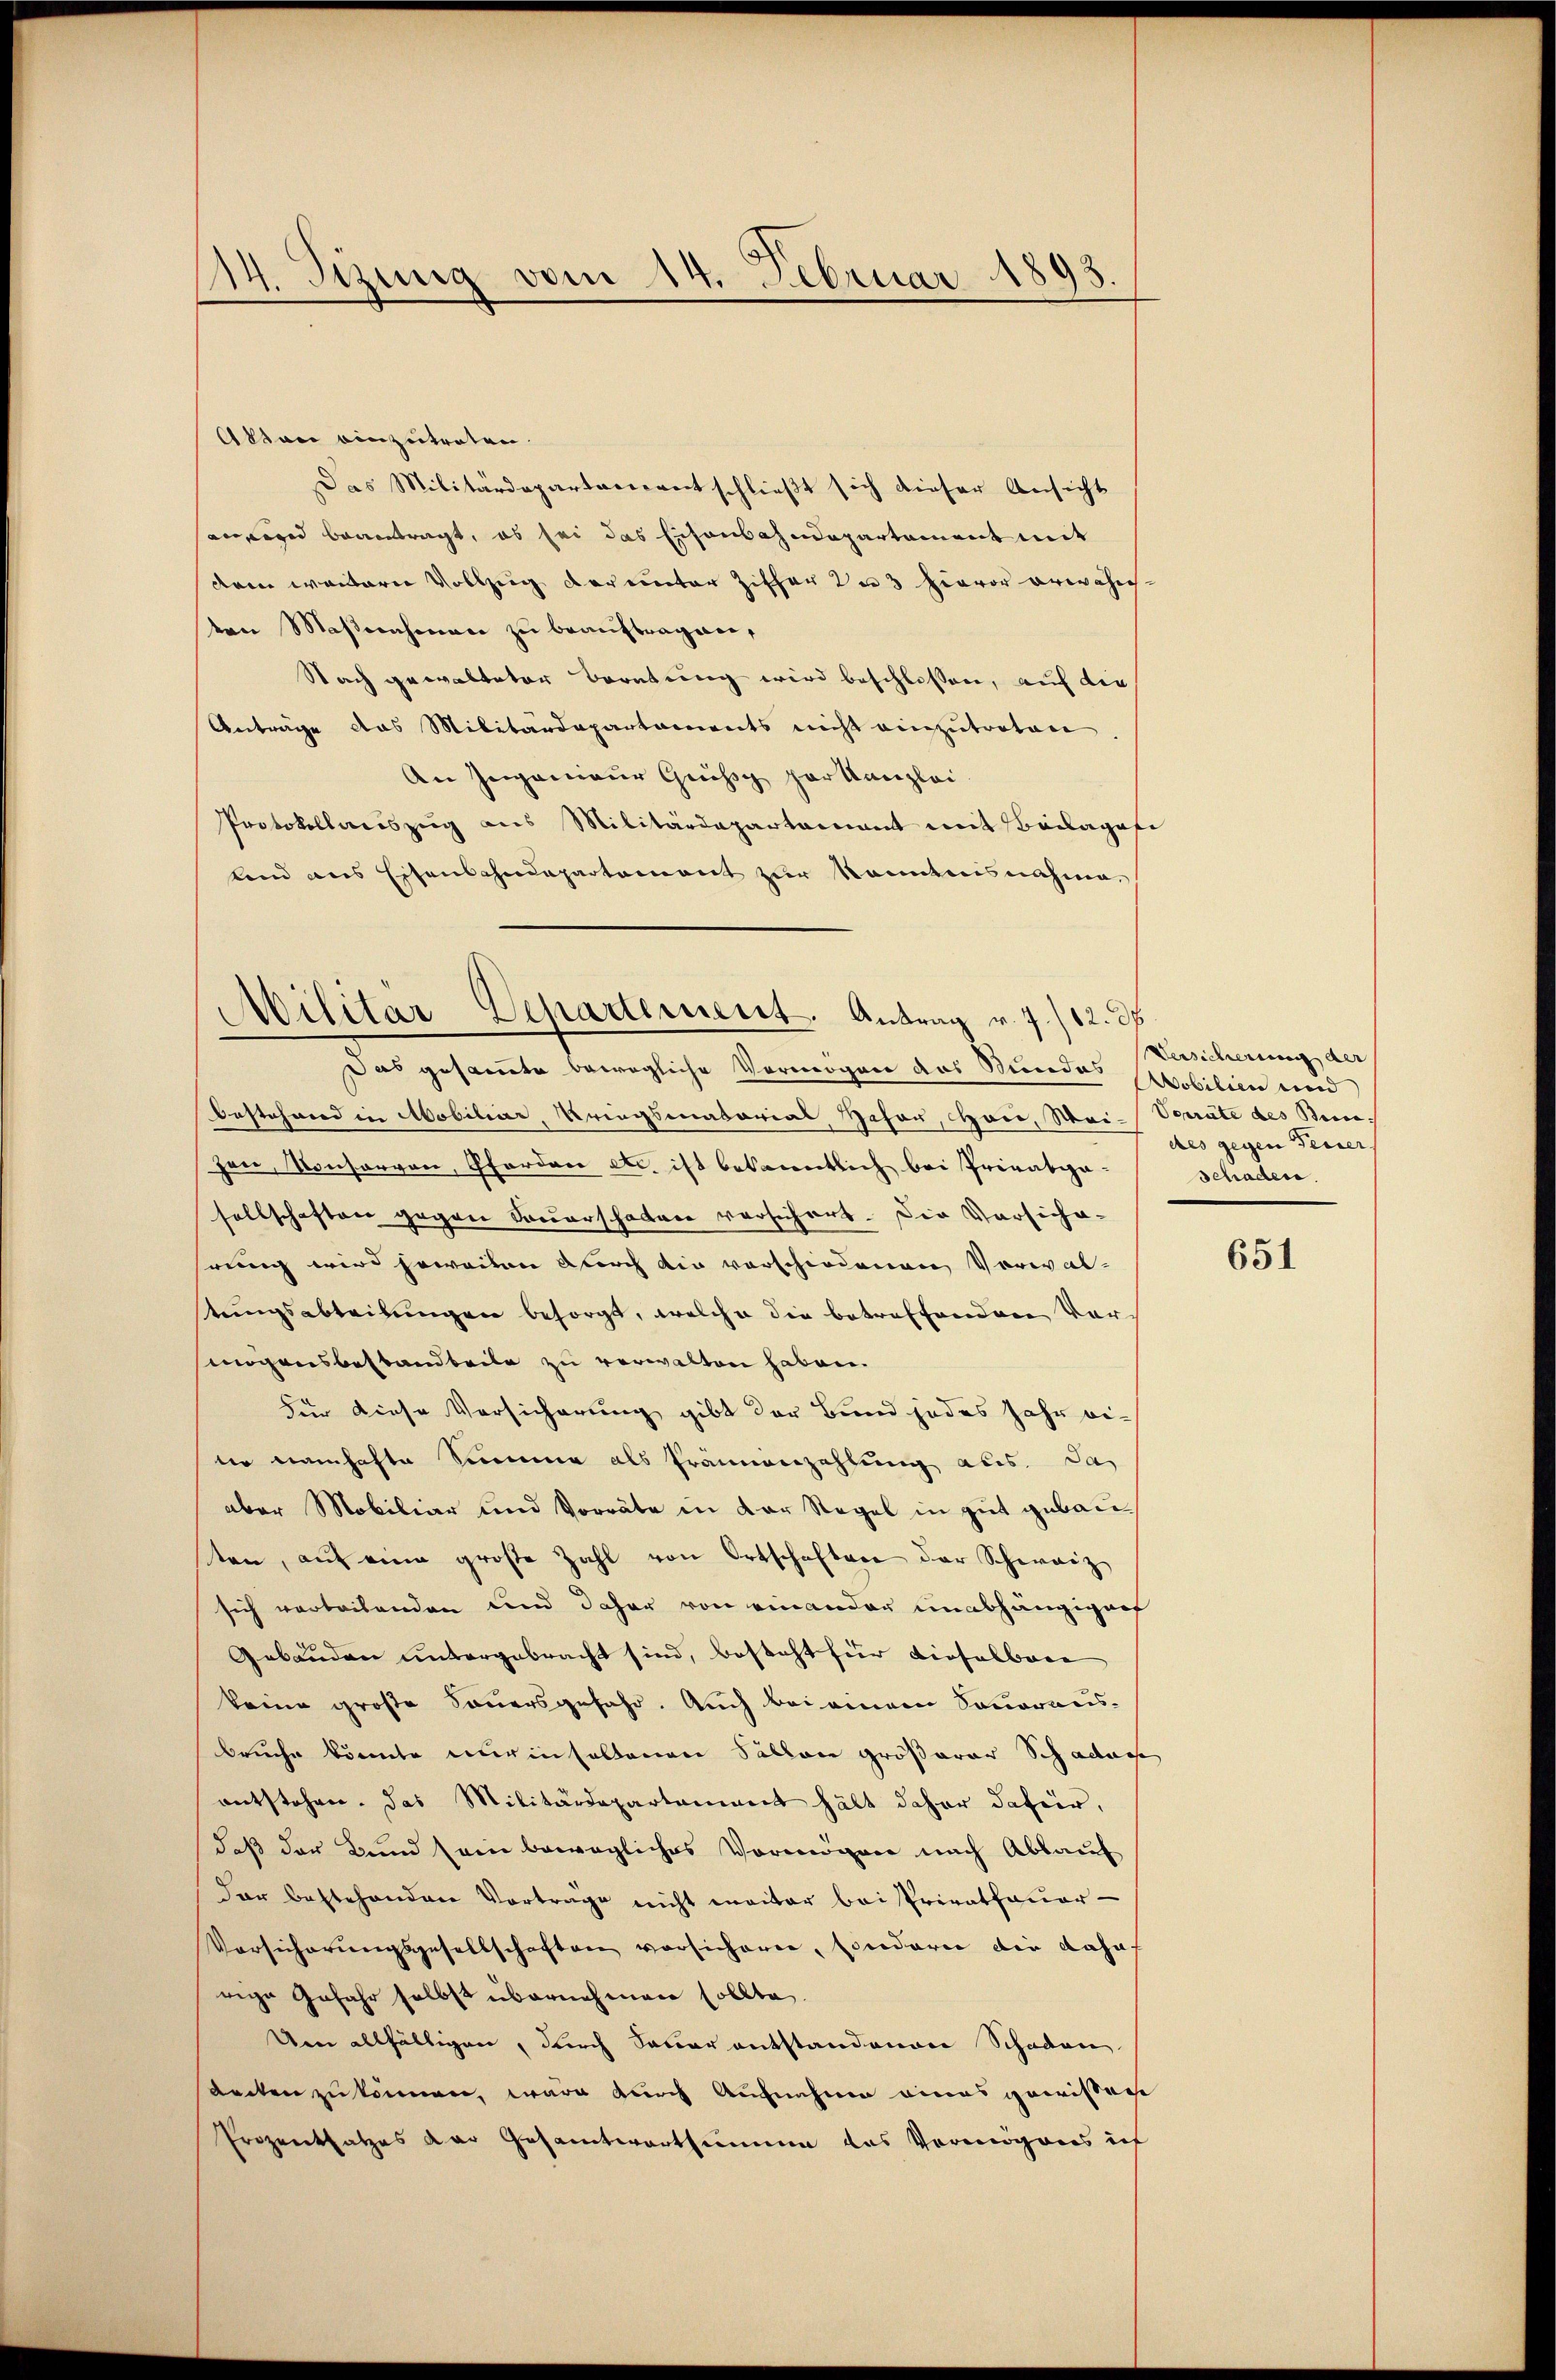
Akten einzutreten.
Das Militärdepartement schließt sich dieser Ansicht
angiger beantragt, es sei das Eisenbahndepartement mit
dem weitere Vollzug der unter Ziffer zu 3 hievor erwähnten Maßnahmen zu beauftragen,
Nach gewalteter Beratung wird beschlossen, auf die
Anträge das Militärdepartaments nicht einzutreten
An Ingenieur Grösse parkanzlei.
Protokollauszug aus Militärdepartamant mit Beilagefi
land aus Eisenbahndepartement zur kanntensnahme.

14. Sizung vom 14. Februar 1893.

Militär-Departement. Antrag v. 7./12. d

Versicherung der |
des gegen Ferner

Das gesammte bewegliche Vermögen das Stundes Mobilien eine
bestehend in Mobiliar, Kriegsmatorial Hafer, Hori, Wai- Operate des Bei-
Hare, Konsorgen, Pfordere etc. ist bekanntlich bei Privatpa-Schaden.
sellschaften gegen Sauerschatten versichert. Die Vorsiche-
hrung wird jeweilen durch die vorschiedenen Vorwaltungsabteilungen besorgt, welche die betreffenden Vormögensbestandbeile zu verwalten haben.
Für diese Versicherung gibt der Bund jedes Jahr eiter namhafte Summe als Prämienzahlung aus. das
aber Mobiliar und Vorräte in der Regel in gut gebauten, aŭf eine große Zahl von Ortschaften der Schweiz
sich verteilenden und daher von einander unabhängiger
Gebäuden untergebracht sind, besteht für dieselbare
keine große Sauersgefahr. Auch bei einem Sonoransbruche könnte nur inhaltenen Sollen größerer Schadens
entstehen. Das Militärdepartement hält daher dafür,
daß der Bund sein bewegliches Vermögen nach Ablauf
dar bestehenden Vorträge nicht meister bei Privathauer-
Vorsicherungsgesellschaften vorsicheren, sonderen die Jahr
rige Gefahr selbst übernehmen sollte.
Um allfältigen, durch Sauer entstandenen Schaden
Decken zu können, wäre durch Aufnahme eines gewissen
Prozentsatzes der Gesamtwortsammen das Vermögens ich

651